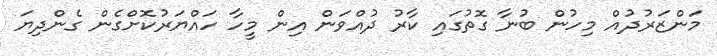
މަންޒަރުދުއް މިހުން ބުނާ ގޮތުގައި ކާރު ދުއްވަން އިން މީހާ ހައްޔަރުކޮށްގެން ގެންދިޔަ